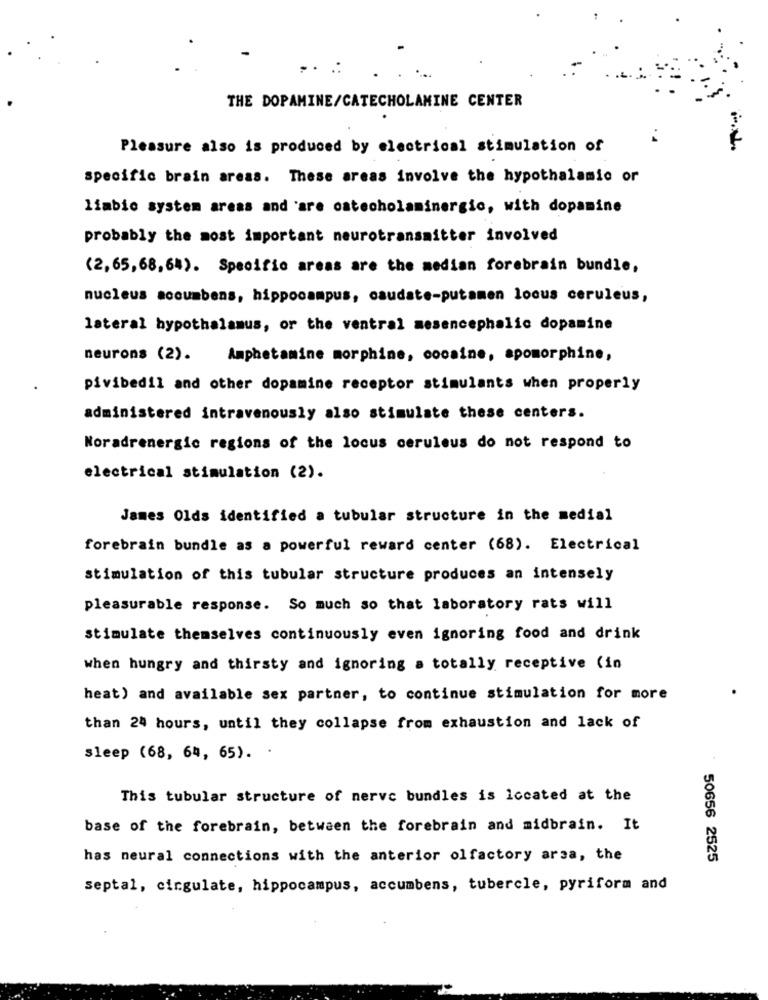
...
THE DOPAMINE/CATECHOLAMINE CENTER
Pleasure also is produced by electrical stimulation of
specific brain areas. These areas involve the hypothalamic or
limbic system areas and are catecholaminergic, with dopamine
probably the most important neurotransmitter involved
(2,65,68,64). Specific areas are the median forebrain bundle,
nucleus accumbens, hippocampus, caudate-putamen locus ceruleus,
lateral hypothalamus, or the ventral mesencephalic dopamine
neurons (2) .
Amphetamine morphine, cocaine, apomorphine,
pivibedil and other dopamine receptor stimulants when properly
administered intravenously also stimulate these centers.
Noradrenergic regions of the locus ceruleus do not respond to
electrical stimulation (2).
James Olds identified a tubular structure in the medial
forebrain bundle as a powerful reward center (68). Electrical
stimulation of this tubular structure produces an intensely
pleasurable response. So much so that laboratory rats will
stimulate themselves continuously even ignoring food and drink
when hungry and thirsty and ignoring a totally receptive (in
heat) and available sex partner, to continue stimulation for more
than 24 hours, until they collapse from exhaustion and lack of
sleep (68, 64, 65). .
This tubular structure of nerve bundles is located at the
base of the forebrain, between the forebrain and midbrain. It
has neural connections with the anterior olfactory arsa, the
50656 2525
septal, cingulate, hippocampus, accumbens, tubercle, pyriform and